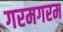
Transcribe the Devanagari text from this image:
गरमगरम